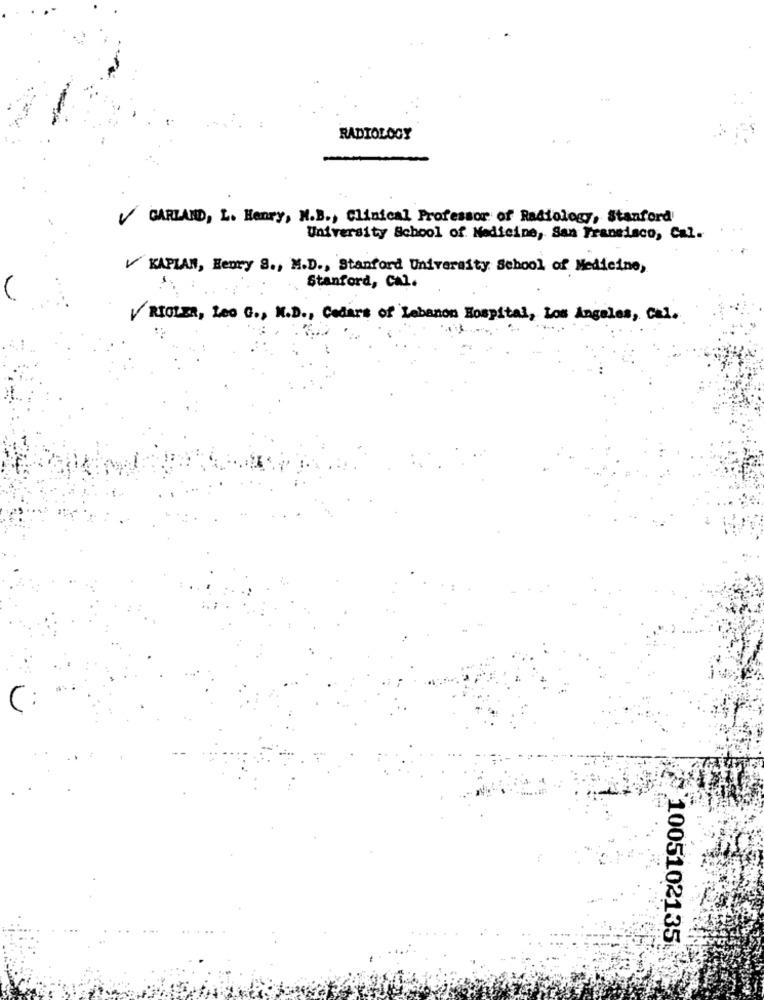
RADIOLOGY
GARLAND, L. Henry, N.B ., Clinical Professor of Radiology, Stanford
...
University School of Medicine, San Fransisco, Cal.
KAPLAN, Henry S ., M.D ., Stanford University School of Medicine,
Stanford, Cal.
RIOLER, Les G ., M.D ., Cedars of Lebanon Hospital, Los Angeles, Cal.
(
1005102135